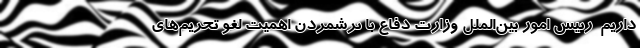
داریم ‌ رییس امور بین‌الملل وزارت دفاع با برشمردن اهمیت لغو تحریم‌های